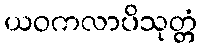
ယဝကလာပိသုတ္တံ